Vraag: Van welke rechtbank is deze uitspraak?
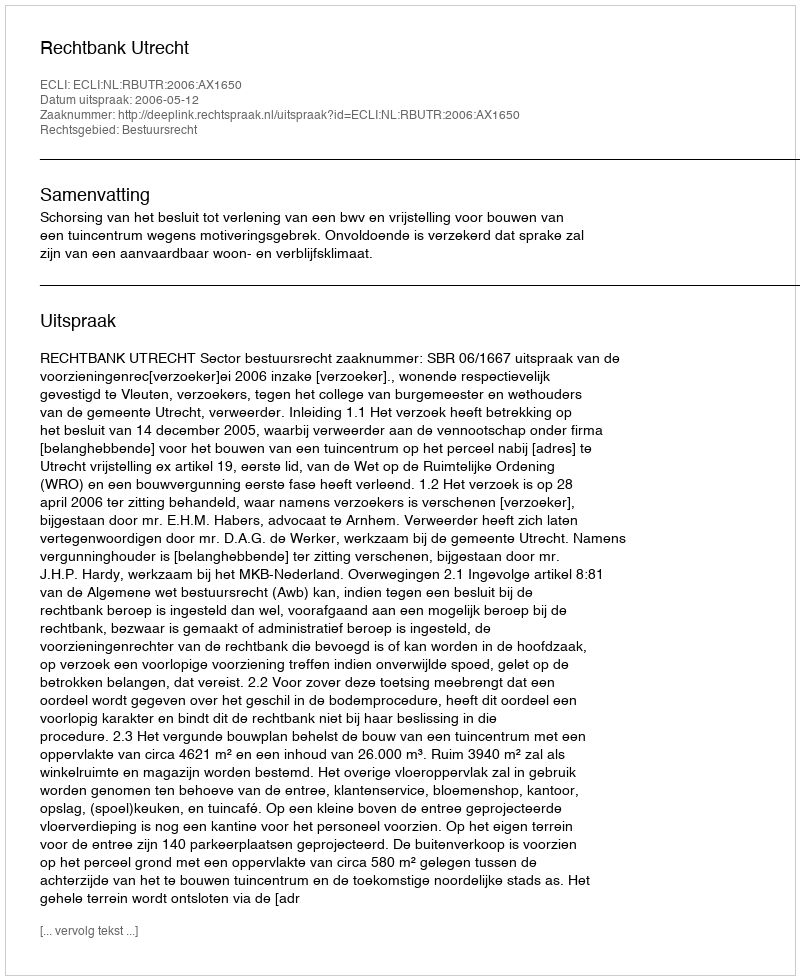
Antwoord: Rechtbank Utrecht